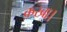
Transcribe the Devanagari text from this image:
क़स्बा।